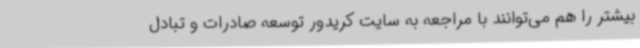
بیشتر را هم می‌توانند با مراجعه به سایت کریدور توسعه صادرات و تبادل